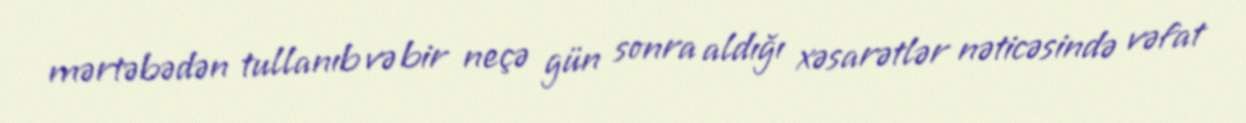
mərtəbədən tullanıb və bir neçə gün sonra aldığı xəsarətlər nəticəsində vəfat